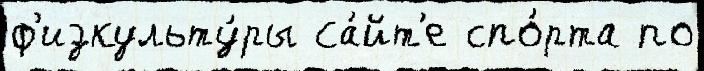
ф'изкульту́ры са́йт'е спо́рта по